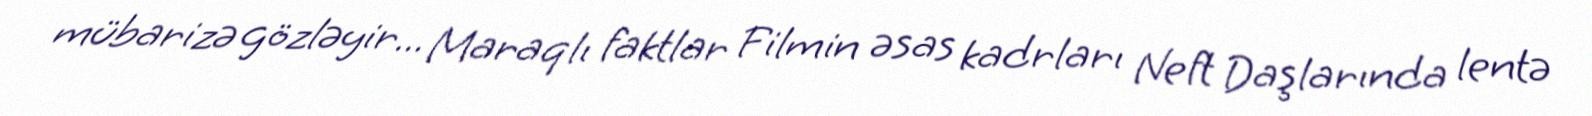
mübarizə gözləyir... Maraqlı faktlar Filmin əsas kadrları Neft Daşlarında lentə